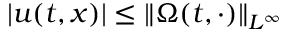
| u ( t , x ) | \leq \| \Omega ( t , \cdot ) \| _ { L ^ { \infty } }